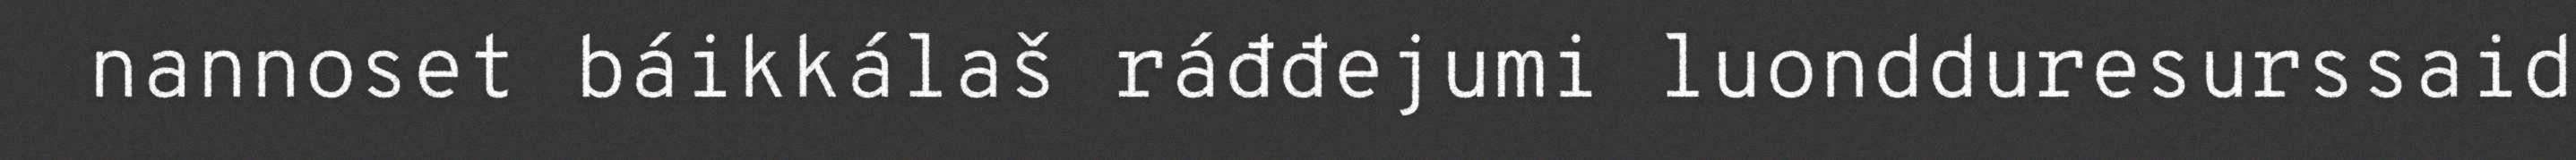
nannoset báikkálaš ráđđejumi luondduresurssaid